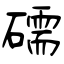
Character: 礝